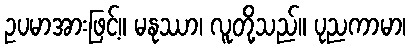
ဥပမာအားဖြင့်။ မနုဿာ၊ လူတို့သည်။ ပုညကာမာ၊